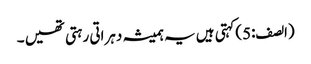
(الصف:5)کہتی ہیں یہ ہمیشہ دہراتی رہتی تھیں ۔